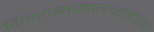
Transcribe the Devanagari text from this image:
शिवरायांसारख्याद्रष्टय़ा